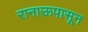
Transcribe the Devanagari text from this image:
रानाऊपासून